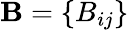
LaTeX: \mathbf{B}=\{ B_{ij}\}